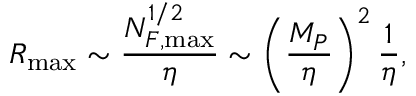
R _ { \operatorname * { m a x } } \sim \frac { N _ { F , \operatorname * { m a x } } ^ { 1 / 2 } } \eta \sim \left( \frac { M _ { P } } \eta \right) ^ { 2 } \frac 1 \eta ,